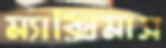
ম্যাক্সিমাস